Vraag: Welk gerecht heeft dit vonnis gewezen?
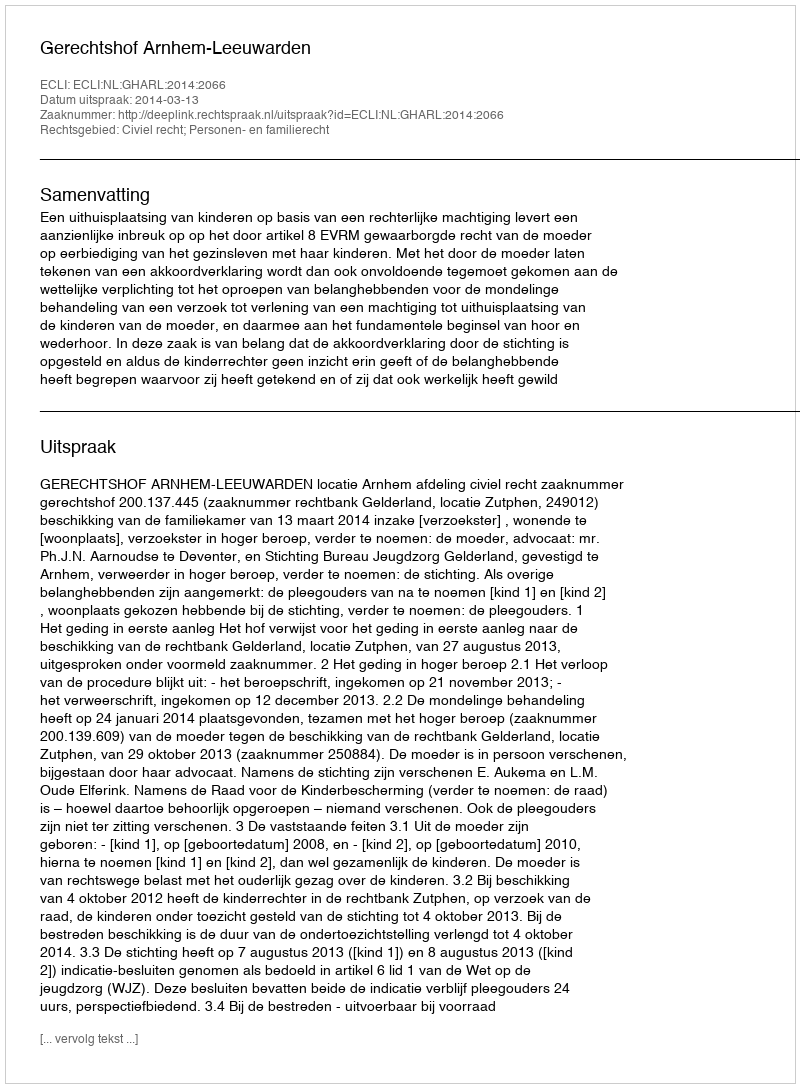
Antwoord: Gerechtshof Arnhem-Leeuwarden